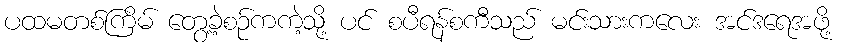
ပထမတစ်ကြိမ် တွေ့ခဲ့စဉ်ကကဲ့သို့ ပင် စပီရန်စကီသည် မင်းသားကလေး အင်ဒရေအဖို့